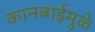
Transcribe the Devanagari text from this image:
कानबाईमुळे